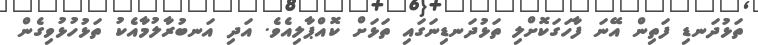
ތަޅުދަނޑި ފަތިން އޭނަ ފާހަގަކޮށްލި ތަޅުދަނޑިނަގައި ތަޅަށް ކޮއްޕާލިއެވެ. އަދި އަނބުރާލުމާއެކު ތަޅުހުޅުވިގެން